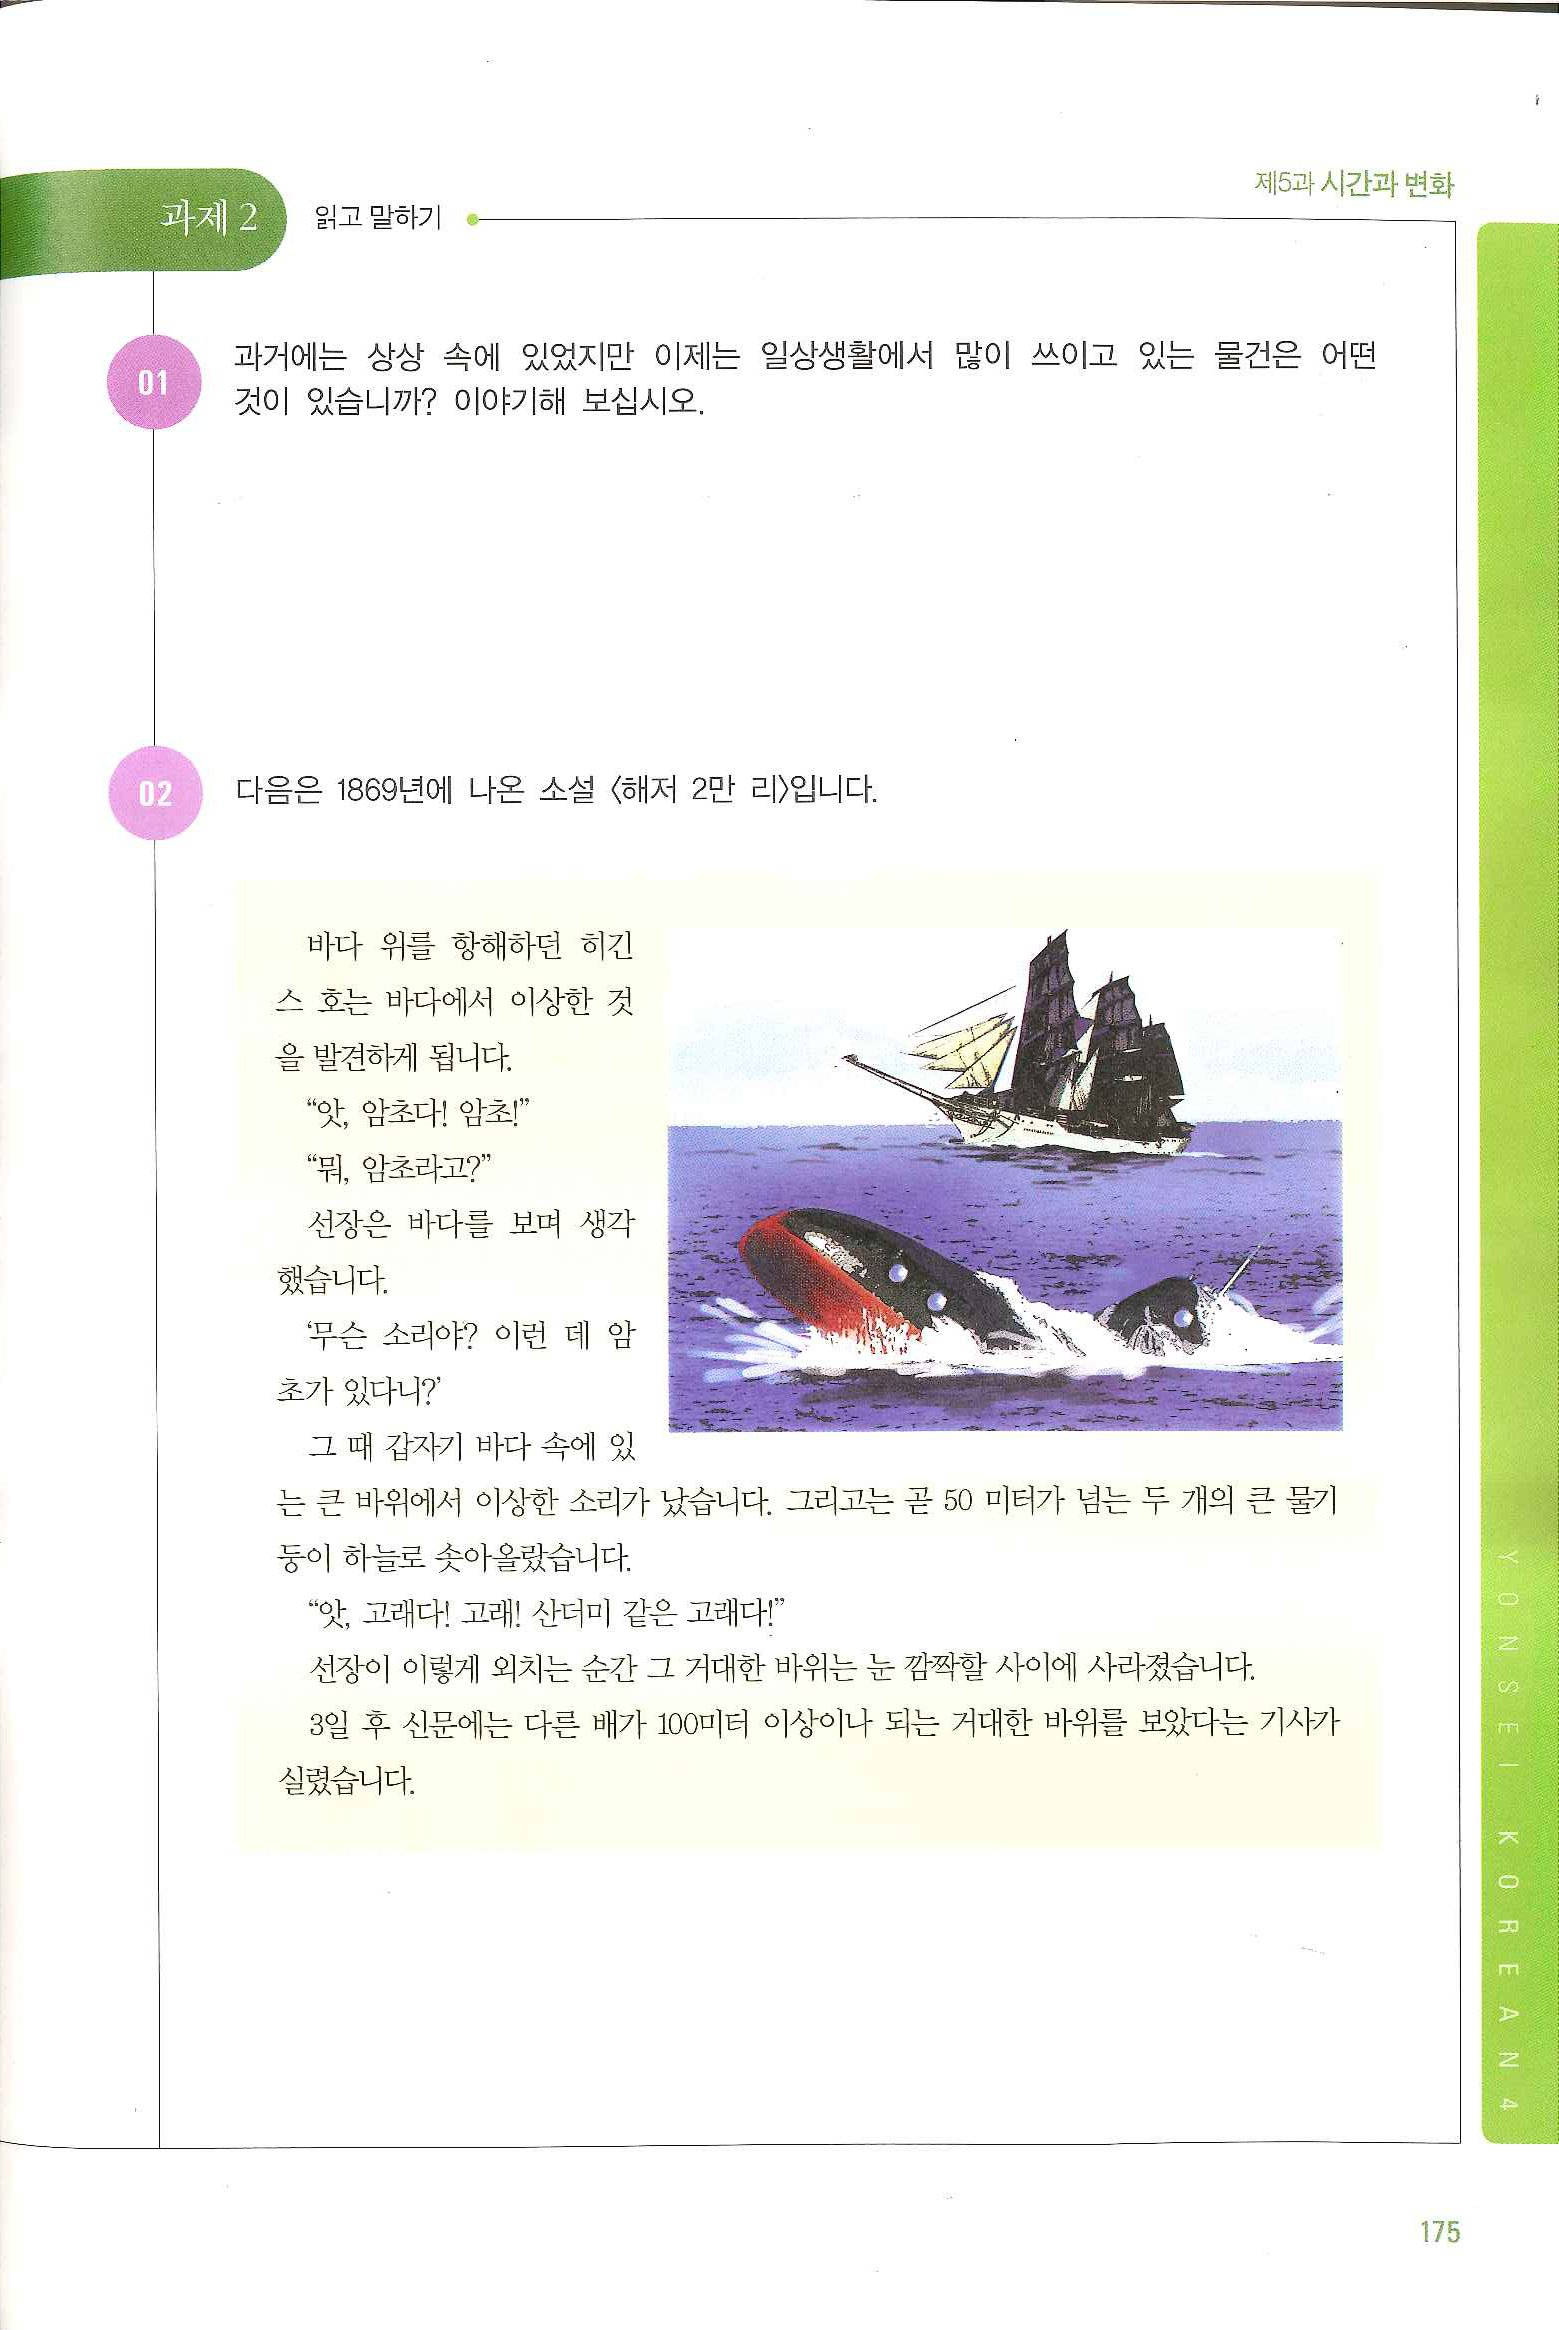
Language: ko